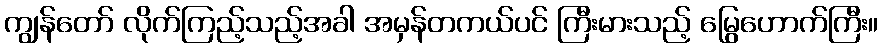
ကျွန်တော် လိုက်ကြည့်သည့်အခါ အမှန်တကယ်ပင် ကြီးမားသည့် မြွေဟောက်ကြီး။